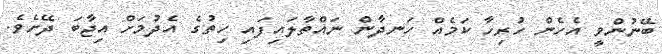
ބޭނުންވީ އެހެން ހުރިހާ ކަމެއް ހަނދާން ނައްތާލައިފައި ހިތުގެ އެދުމަށް އިޖާބަ ދޭށެވެ.